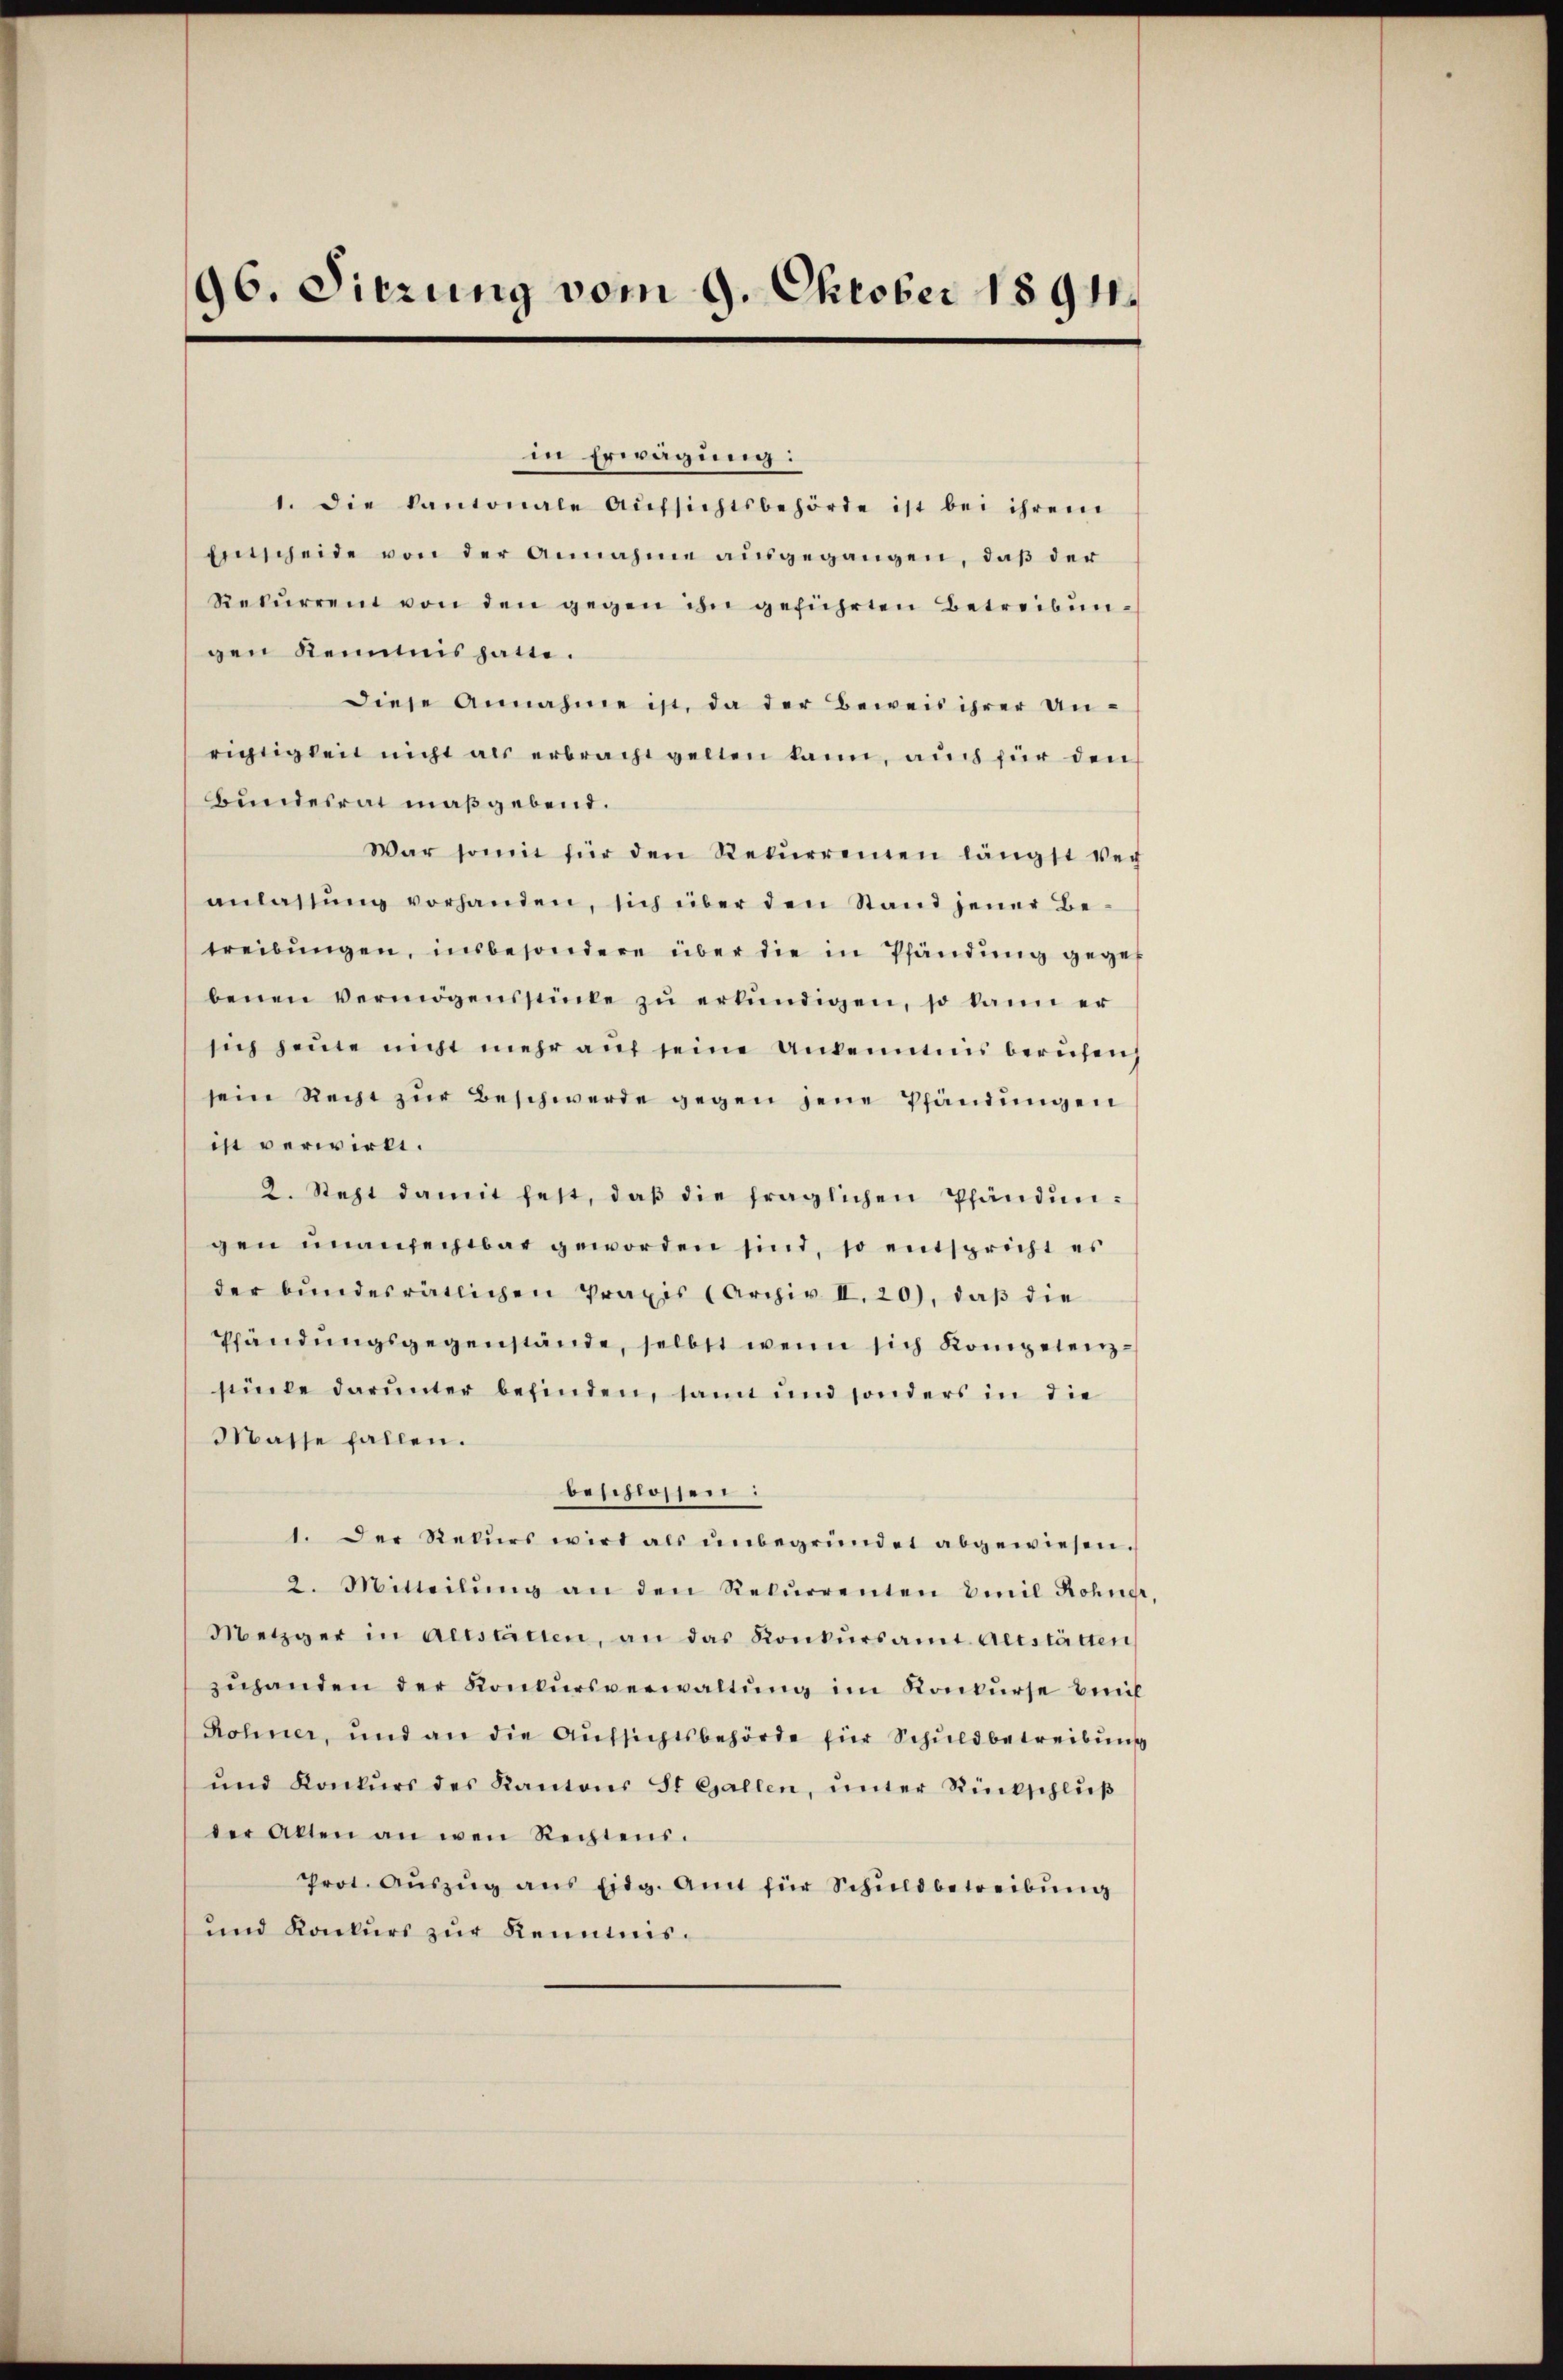
96. Sitzung vom 9. Oktober 1891

in Erwägung:
1. die kantonale Aŭfsichtsbehörde ist bei ihrem
enscheide von der Annahme aŭsgegangen, daß der
Rekŭrrent von den gegen ihn geführten Betreibungen Kemnis hatte.
diese Annahme ist, da der Beweis ihrer Un-
richtigkeit nicht als erbracht gelten kann, auch für den
Bundesrat maßgebend.
War somit für den Rekŭrrenten längst ver-
anlassŭng vorhanden, sich über den Stand jener Be-
treibŭngen, insbesondere über die in Pfändung gegeb
benen vermögensstücke zŭ erkŭndigen, so kann er
sich heute nicht mehr auf seine Unkenntnis berufen,
sein Recht zŭr Beschwerde gegen jene Pfändungen
ist verwirkt.
2. Sept damit heit, daβ die fraglichen Pfändungen unangegebar geworden sind, so entspricht es
der bŭndesrätlichen Praxis (Archiv II. 20), daβ die
Pfändungsgegenstände, selbst wenn sich Kompetenzstube darunter befinden, samt und sonders in die
Masse fallen.
beschlossen:
1. Der Rekurs wird als ŭnbegründet abgewiesen.
2. Mitteilŭng an den Rekŭrrenten Emil Rohner,
Metzger in aestatten, an das Konkŭrsamt Altstätten
zŭhanden der Konkursverwaltŭng im Konkurse beif
Rohner, und an die Aŭfsichtsbehörde für Schuldbetreibung
ŭnd Konkŭrs des Kantons St. Gallen, ŭnter Rückschlŭβ
der alten an wen Rechtens.
Prot. Aŭszŭg ans Eidg. Amt für Schŭldbetreibŭng
und Konkurs zur Kenntnis.